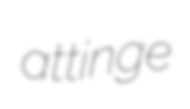
attinge